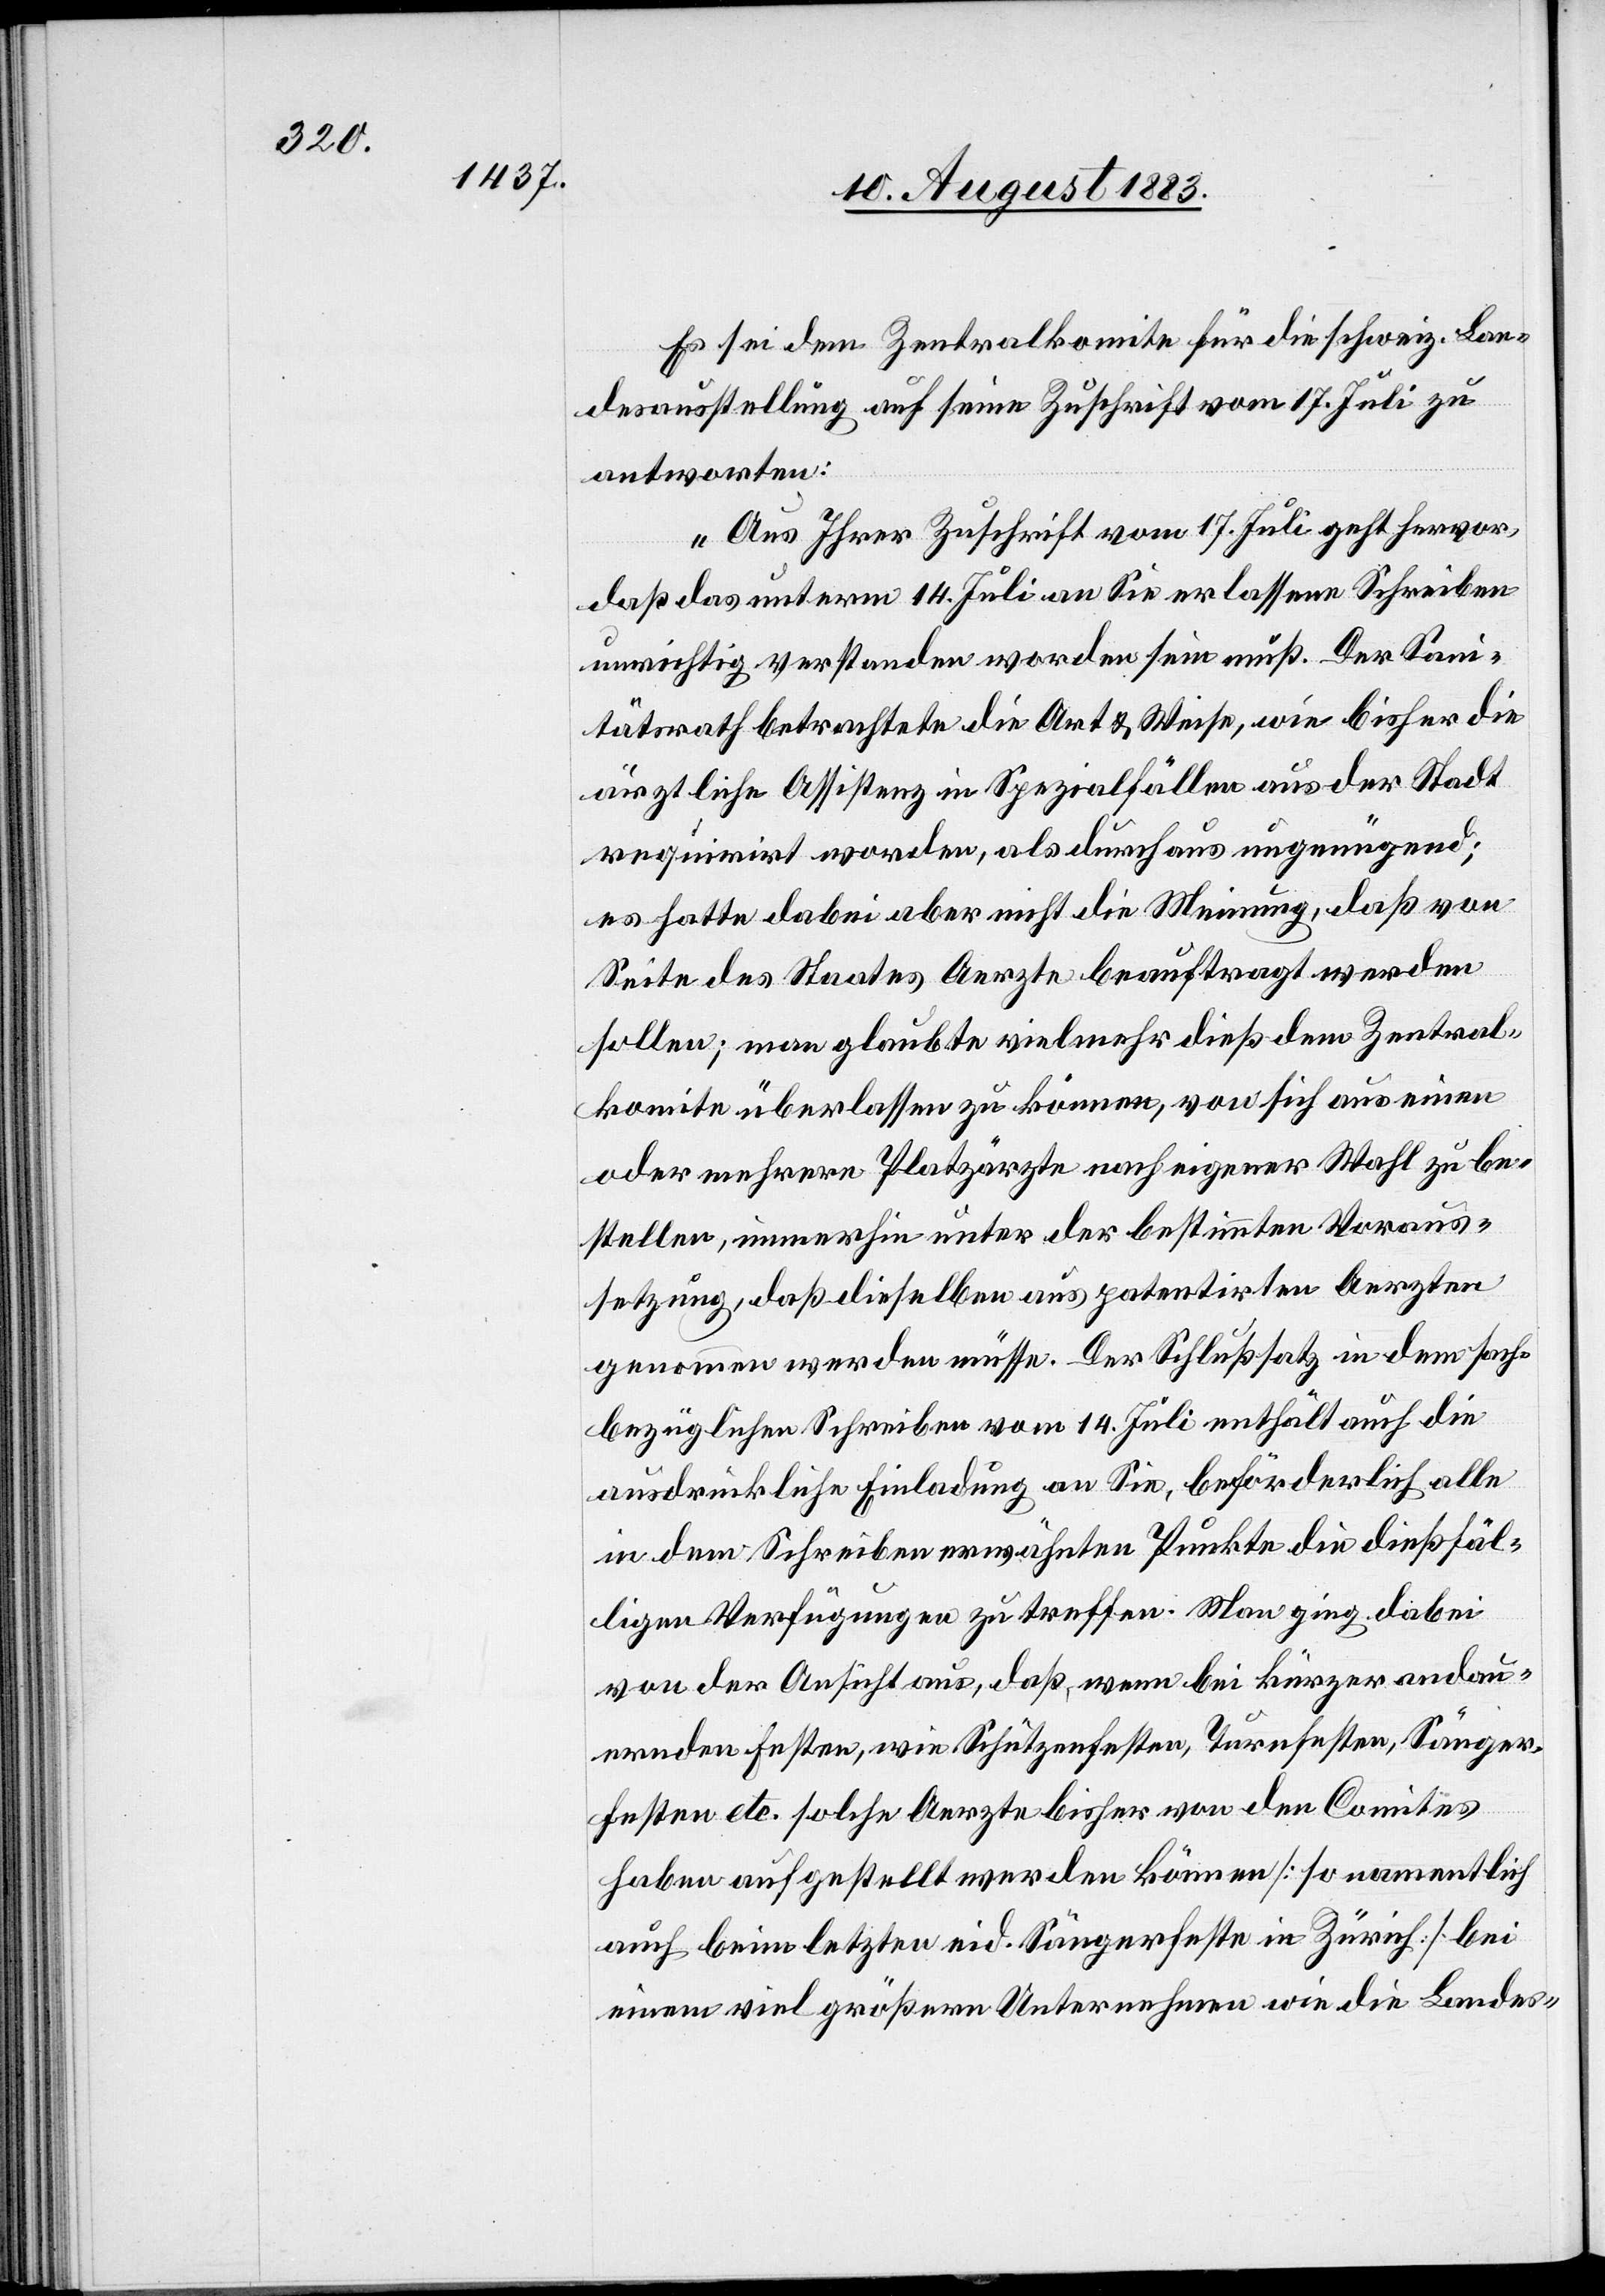
Es sei dem Zentralkomite für die schweiz. Lan¬
desausstellung auf seine Zuschrift vom 17. Juli zu
antworten:
„Aus Ihrer Zuschrift vom 17. Juli geht hervor,
daß das unterm 14. Juli an Sie erlassene Schreiben
unrichtig verstanden worden sein muß. Der San¬
itätsrath betrachtete die Art & Weise, wie bisher die
ärztliche Assistenz in Spezialfällen aus der Stadt
requirirt worden, als durchaus ungenügend;
es hatte dabei aber nicht die Meinung, daß von
Seite des Staates Aerzte beauftragt werden
sollen; man glaubte vielmehr dieß dem Zentral¬
komite überlassen zu können, von sich aus einen
oder mehrere Platzärzte nach eigener Wahl zu be¬
stellen, immerhin unter der bestimmten Voraus¬
setzung, daß dieselben aus patentirten Aerzten
genommen werden müsse. Der Schlußsatz in dem sach¬
bezüglichen Schreiben vom 14. Juli enthält auch die
ausdrückliche Einladung an Sie, beförderlich alle
in dem Schreiben erwähnten Punkte die dießfäl¬
ligen Verfügungen zu treffen [sic!]. Man ging dabei
von der Ansicht aus, daß, wenn bei kürzer andau¬
ernden Festen, wie Schützenfesten, Turnfesten, Sänger¬
festen etc. solche Aerzte bisher von den Comites
haben aufgestellt werden können [so namentlich
auch beim letzten eid. Sängerfeste in Zürich] bei
einem viel größern Unternehmen wie die [sic!] Landes-